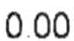
0.00